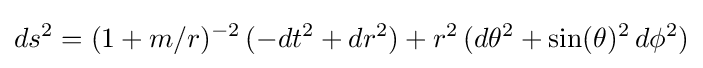
ds^{2}=(1+m/r)^{-2}\,(-dt^{2}+dr^{2})+r^{2}\,(d\theta ^{2}+\sin(\theta )^{2}\,d\phi ^{2})